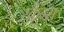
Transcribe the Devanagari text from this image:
स्कैग्स